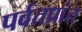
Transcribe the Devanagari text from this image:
पर्वतप्रांत